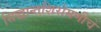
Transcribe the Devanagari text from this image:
सिद्धान्तशिरोमणीचे